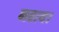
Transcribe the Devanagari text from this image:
नहाय।